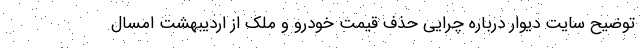
توضیح سایت دیوار درباره چرایی حذف قیمت‌ خودرو و ملک از اردیبهشت امسال